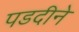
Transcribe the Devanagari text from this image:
पडदीने